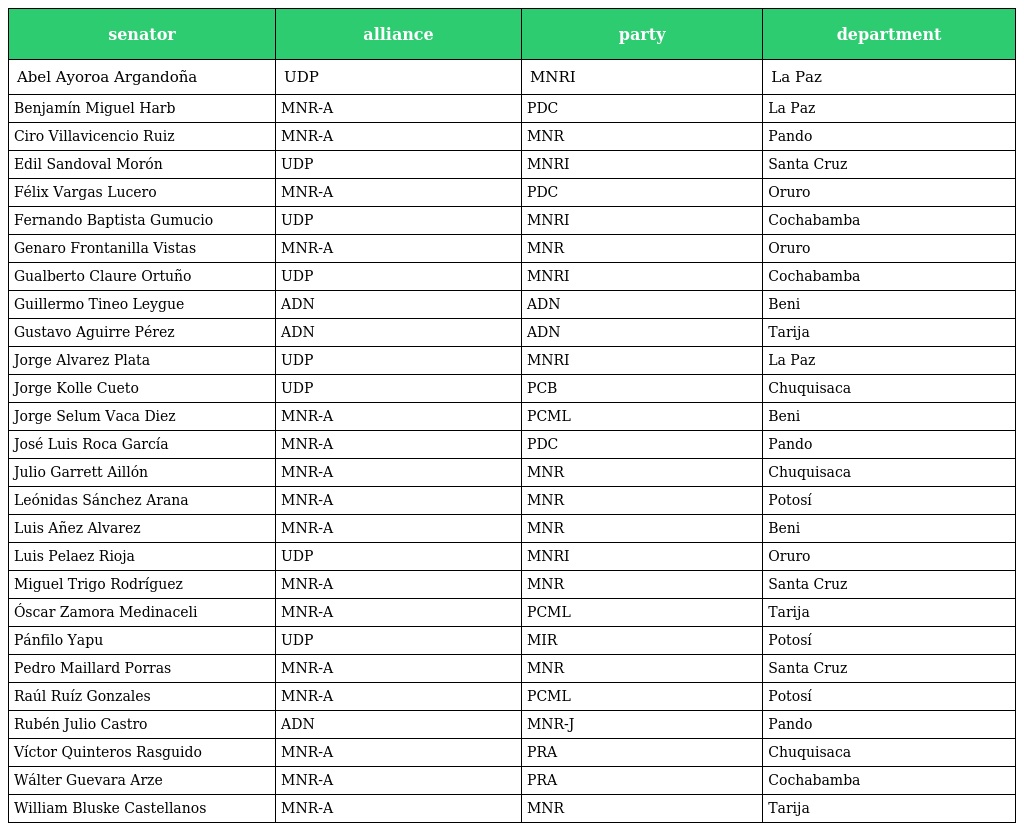
| senator | alliance | party | department |
 | --- | --- | --- | --- |
 | Abel Ayoroa Argandoña | UDP | MNRI | La Paz |
 | Benjamín Miguel Harb | MNR-A | PDC | La Paz |
 | Ciro Villavicencio Ruiz | MNR-A | MNR | Pando |
 | Edil Sandoval Morón | UDP | MNRI | Santa Cruz |
 | Félix Vargas Lucero | MNR-A | PDC | Oruro |
 | Fernando Baptista Gumucio | UDP | MNRI | Cochabamba |
 | Genaro Frontanilla Vistas | MNR-A | MNR | Oruro |
 | Gualberto Claure Ortuño | UDP | MNRI | Cochabamba |
 | Guillermo Tineo Leygue | ADN | ADN | Beni |
 | Gustavo Aguirre Pérez | ADN | ADN | Tarija |
 | Jorge Alvarez Plata | UDP | MNRI | La Paz |
 | Jorge Kolle Cueto | UDP | PCB | Chuquisaca |
 | Jorge Selum Vaca Diez | MNR-A | PCML | Beni |
 | José Luis Roca García | MNR-A | PDC | Pando |
 | Julio Garrett Aillón | MNR-A | MNR | Chuquisaca |
 | Leónidas Sánchez Arana | MNR-A | MNR | Potosí |
 | Luis Añez Alvarez | MNR-A | MNR | Beni |
 | Luis Pelaez Rioja | UDP | MNRI | Oruro |
 | Miguel Trigo Rodríguez | MNR-A | MNR | Santa Cruz |
 | Óscar Zamora Medinaceli | MNR-A | PCML | Tarija |
 | Pánfilo Yapu | UDP | MIR | Potosí |
 | Pedro Maillard Porras | MNR-A | MNR | Santa Cruz |
 | Raúl Ruíz Gonzales | MNR-A | PCML | Potosí |
 | Rubén Julio Castro | ADN | MNR-J | Pando |
 | Víctor Quinteros Rasguido | MNR-A | PRA | Chuquisaca |
 | Wálter Guevara Arze | MNR-A | PRA | Cochabamba |
 | William Bluske Castellanos | MNR-A | MNR | Tarija |